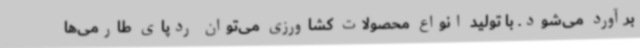
برآورد می‌شود. با تولید انواع محصولات کشاورزی می‌توان ردپای طارمی‌ها